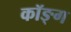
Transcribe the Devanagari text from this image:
कॉङ्‌ग